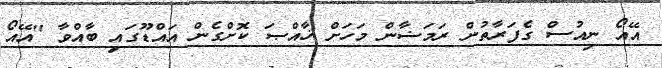
އޭއޯ ނިއުސް ގެފަރާތުން ރަމަޟާން މަހަށް ޚާއްޞަ ކޮށްގެން އައްޑޫގައި ބާއްވާ "އޭއޯ